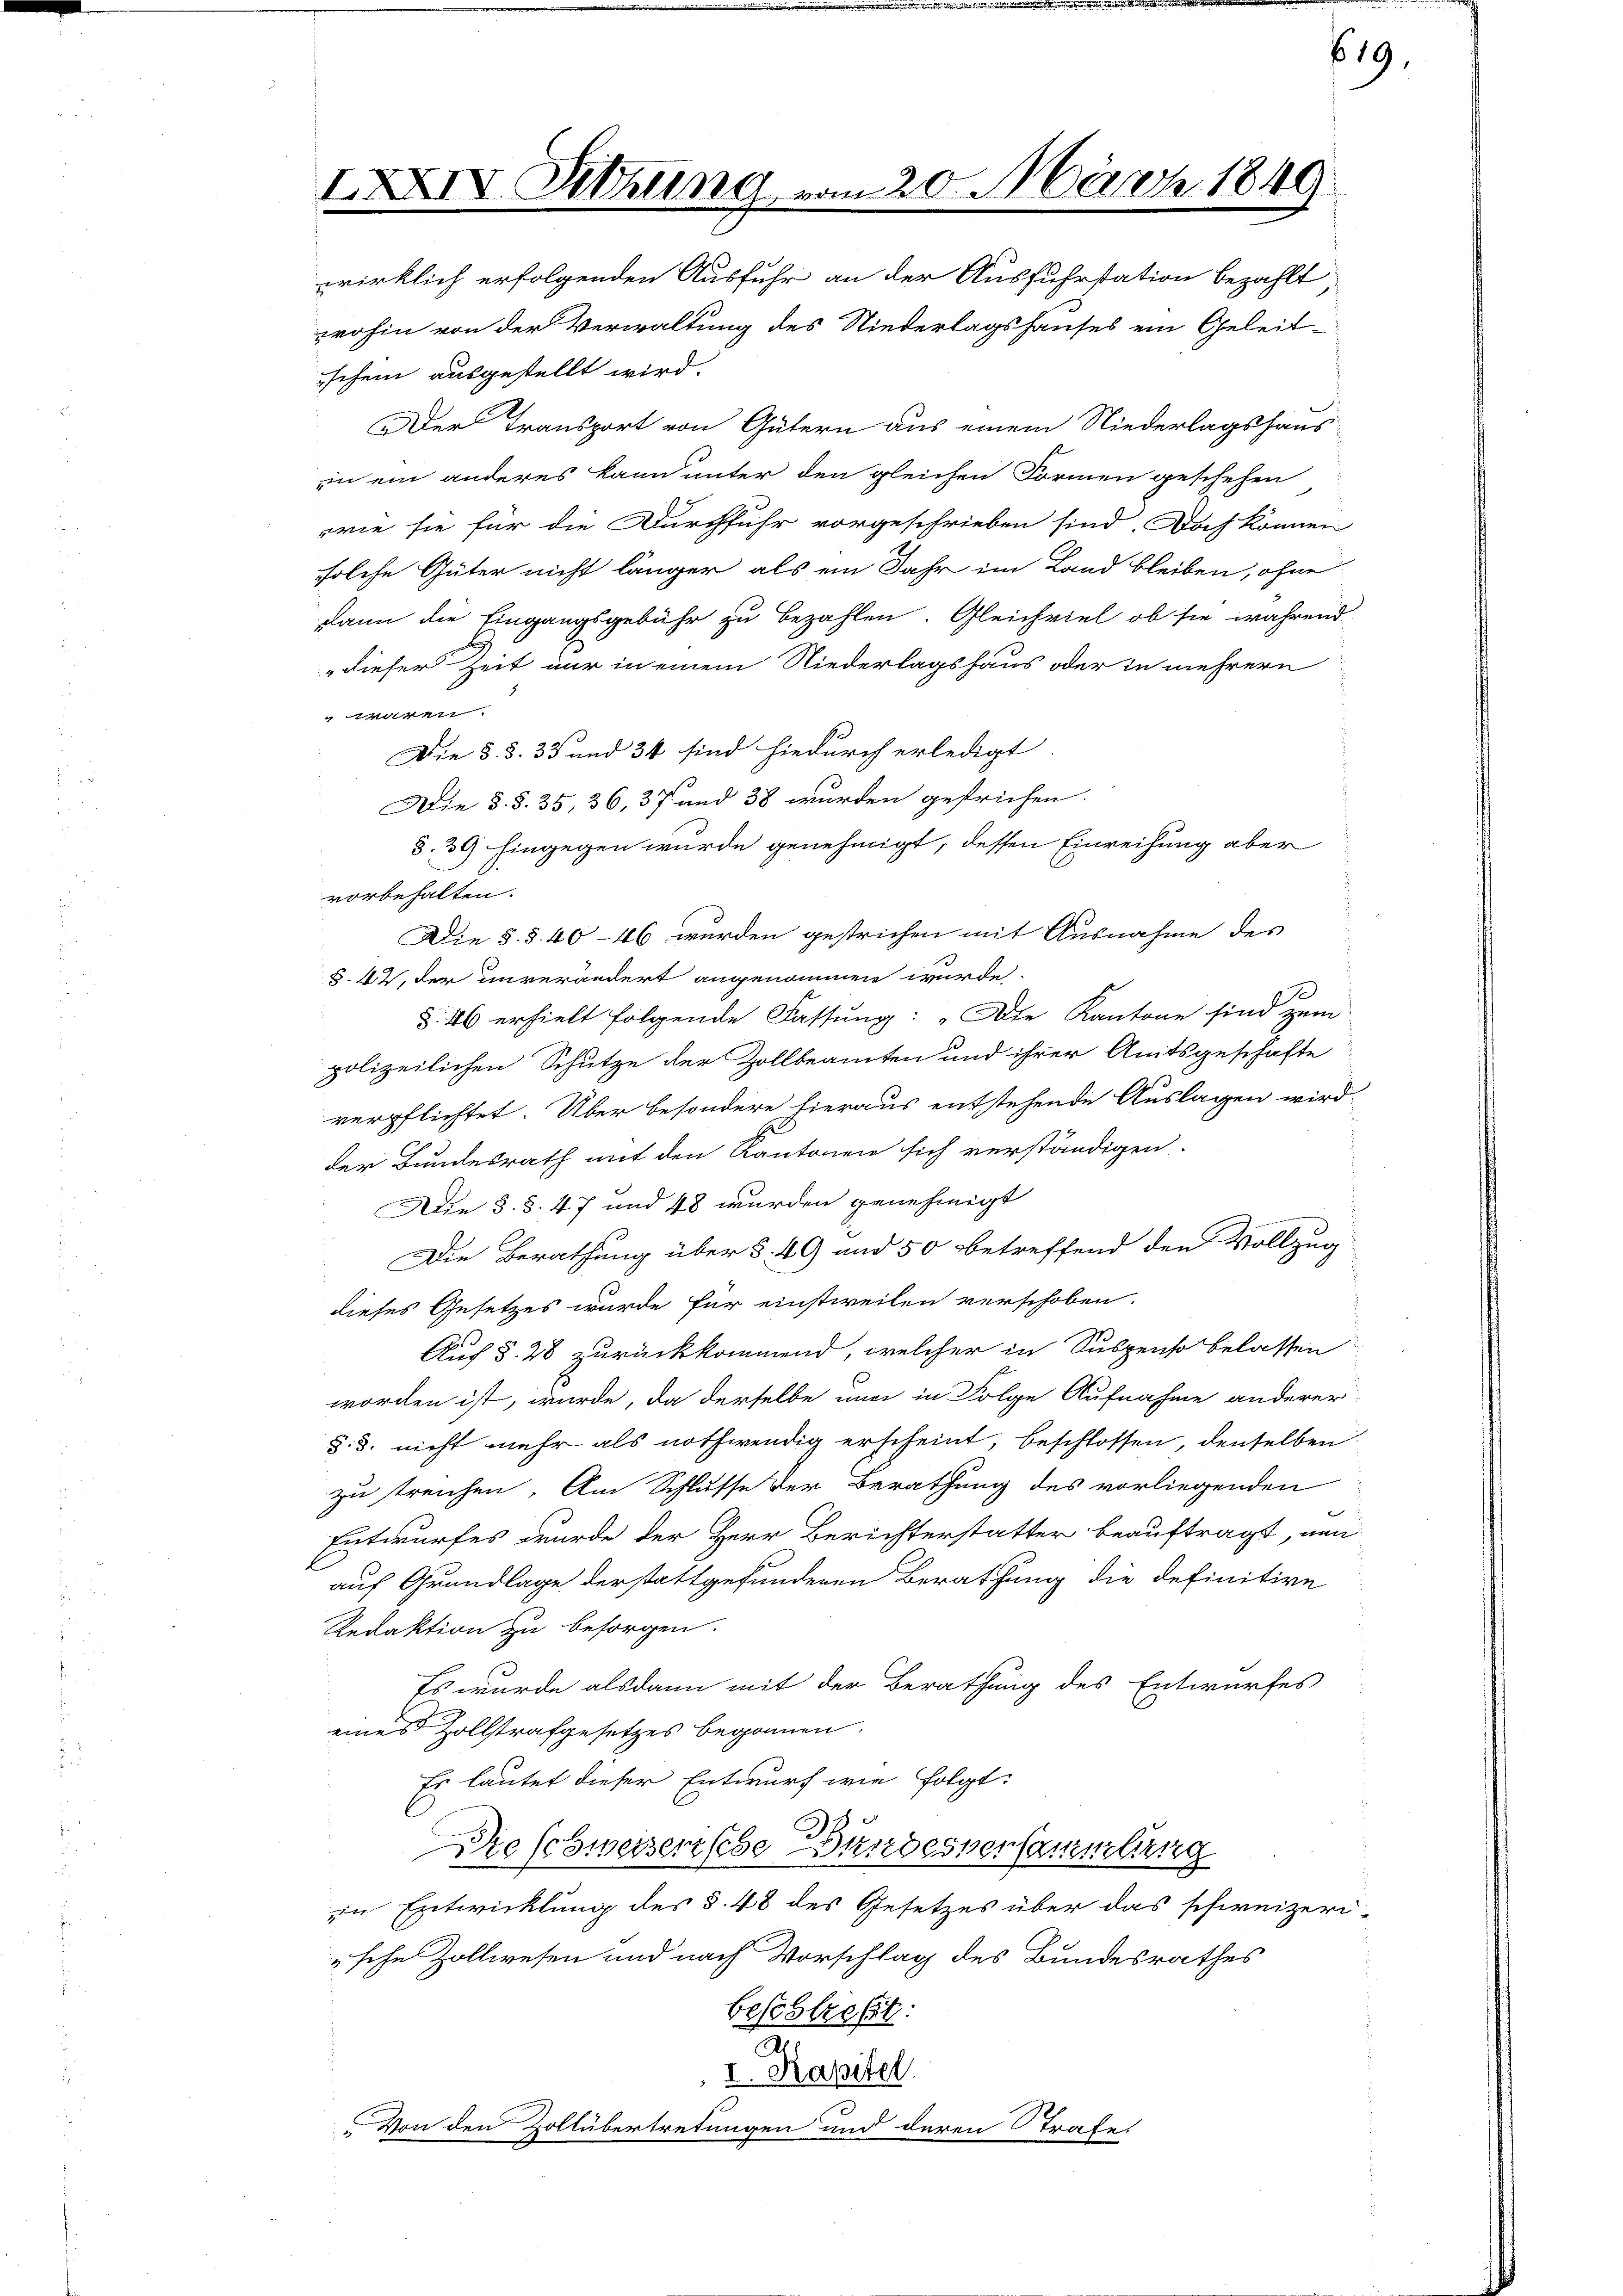
IXXIV. Sitzung er

20. März 1849

wirklich erfolgenden Ausfuhr an der Ausfuhrstation bezahlt,
wohin von der Verwaltung des Niederlagshauses ein Geleit-
schein ausgestellt wird.
Der Transport von Gütern aus einem Niederlagshaus
in ein anderes kann unter den gleichen Formen geschehen
rrie sie für die Durchfuhr vorgeschrieben sind. Doch können
solche Güter nicht länger als ein Jahr im Land bleiben, ohne
dann die Eingangsgebühr zu bezahlen. Gleichviel ob sie während
"dieser Zeit nur in einem Niederlagshaus oder in mehrern
ge
Die §. §. 33 und 34 sind hiedurch erledigt
Die §. §. 35, 36, 37 und 38 wurden gesrichen.
8. 39 Eingegen wurde genehmigt, dessen Einreihung aber
vorbehalten.
Die §. §. 4046 wurden gestrichen mit Ausnahme des
§. 42, der unverändert angenommen wurde.
1
§ 46 erhielt folgende Fassung: „Die Kantone sind zum
polizeilichen Schutze der Zollbeamten und ihrer Amtsgeschäfte
verpflichtet. Über besondere hieraus entstehende Auslagen wird.
der Bundesrath mit den Kantonen sich verständigen.
Die §. §. 47 und 48 wurden genehmigt
Die Berathung über §. 49 und 50 betreffend den Vollzug
dieses Gesetzes wurde für einstweilen verschoben.
Auf §. 28 zurückkommend, welcher in Suspenso belassen
worden ist, wurde, da derselbe une in Folge Aufnahme anderer
§. 3. nicht mehr als nothwendig erscheint, beschlossen, denselben
zu treichen. Am Schlusse der Berathung des vorliegenden
Entwurfes wurde der Herr Berichterstatter beauftragt, nun
auf Grundlage der stattgefundenen Berathung die definitive
Redaktion zu besorgen.
Es wurde alsdann mit der Berathung des Entwurfes
eines Zollstrafgesetzes begonnen.
Es lautet dieser Entwurf wie folgt:
Die schweizerische Bundesversammlung
in Entwicklung des §. 48 des Gesetzes über das schweizeri
sche Zollwesen und nach Vorschlag des Bundesrathes
beschließt:
I. Kapitel.
Von den Zollübertretungen und deren Strafe.

619.